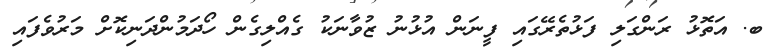
ބ. އަތޮޅު ރަންގަލި ފަޅުތެރޭގައި ފީނަން އުޅުނު ޒުވާނަކު ގެއްލިގެން ހޯދަމުންދަނިކޮށް މަރުވެފައި